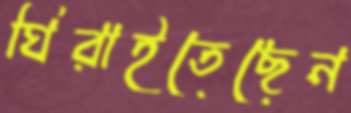
ঘিরাইতেছেন